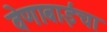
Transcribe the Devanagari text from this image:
वेणाबाईंचा